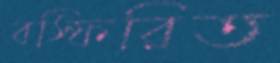
বস্ফিরিত